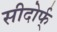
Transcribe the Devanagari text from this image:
सीदोर्फ्